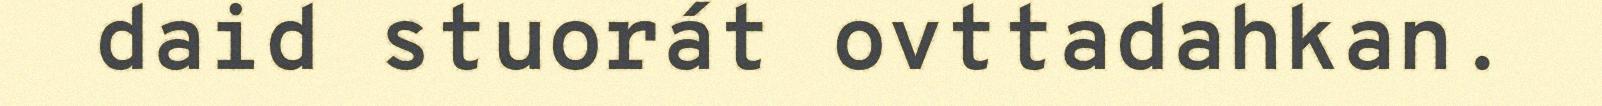
daid stuorát ovttadahkan.